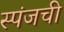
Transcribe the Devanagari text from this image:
स्पंजची